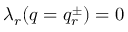
\begin{array} { r } { \lambda _ { r } ( q = q _ { r } ^ { \pm } ) = 0 } \end{array}